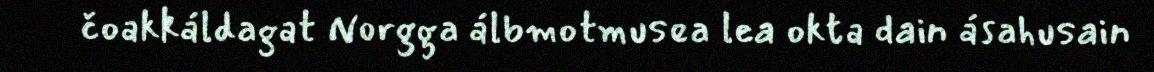
čoakkáldagat Norgga álbmotmusea lea okta dain ásahusain